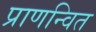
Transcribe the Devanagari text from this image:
प्राणन्वित